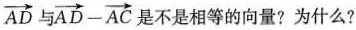
\overrightarrow{AD} 与 $$\overrightarrow{AD}- \overrightarrow{AC}$$ 是不是相等的向量?为什么?